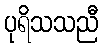
ပုရိသသညီ